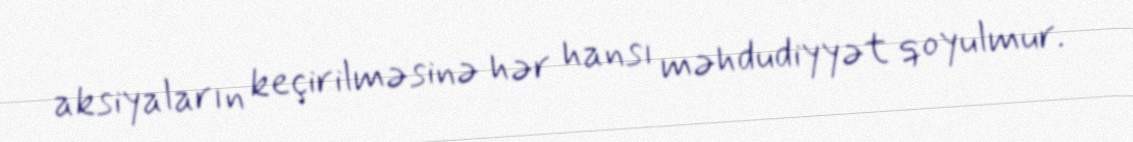
aksiyaların keçirilməsinə hər hansı məhdudiyyət qoyulmur.